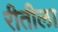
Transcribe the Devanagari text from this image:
रीतीला